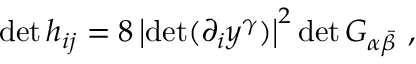
\operatorname * { d e t } h _ { i j } = 8 \left| \operatorname * { d e t } ( \partial _ { i } y ^ { \gamma } ) \right| ^ { 2 } \operatorname * { d e t } G _ { \alpha \bar { \beta } } \ ,